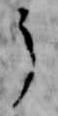
了